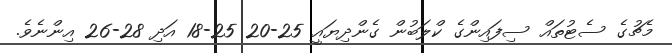
މެޗުގެ ސެޓުތައް ސިފައިންގެ ކްލަބުން ގެންދިޔައީ 25-20 25-18 އަދި 28-26 އިންނެވެ.